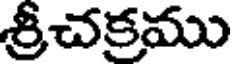
శ్రీచక్రము